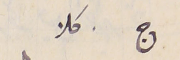
ج كلا